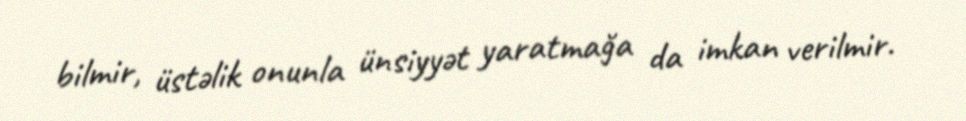
bilmir, üstəlik onunla ünsiyyət yaratmağa da imkan verilmir.